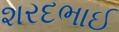
શરદભાઈ